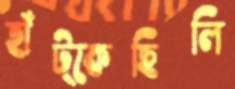
হাঁট্‌কেছিলি